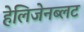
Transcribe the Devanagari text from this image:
हेलिजेनब्लट